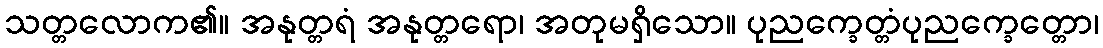
သတ္တလောက၏။ အနုတ္တရံ အနုတ္တရော၊ အတုမရှိသော။ ပုညက္ခေတ္တံပုညက္ခေတ္တော၊